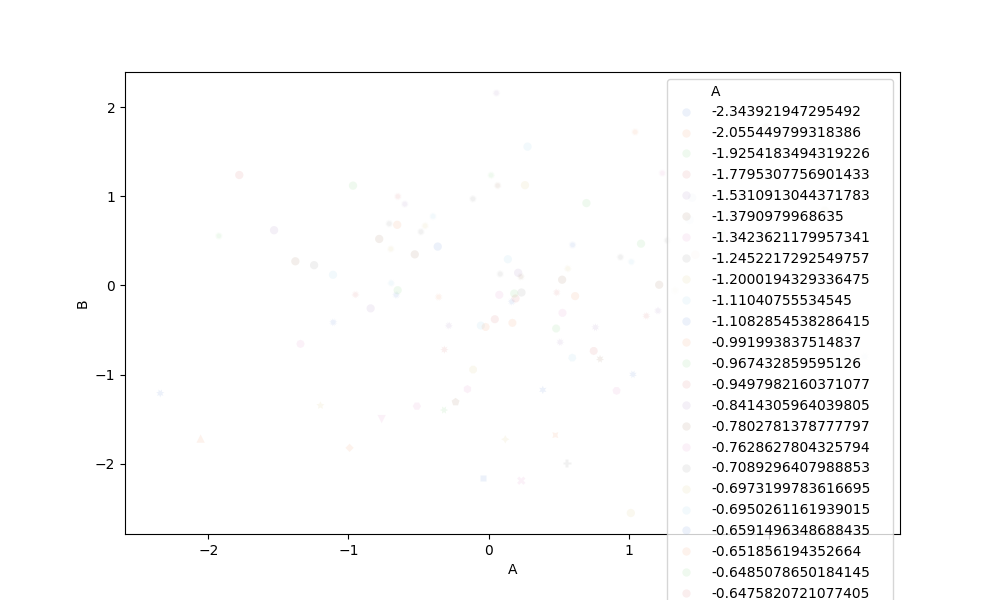
python, seaborn, scatterplot, hue='A', style='B', size='None', palette='muted', alpha=0.1